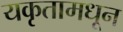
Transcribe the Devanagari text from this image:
यकृतामधून